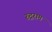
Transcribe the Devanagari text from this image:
रुद्रराम